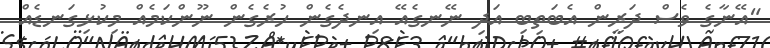
"އޭނާގެ ވެސް ދަރީން އެބަތިބި އަދި ނޭނގެއޭ އިނދެގެން ހުރެގެން ނޫންކަމެއް މިކުޅިގަނޑެއް